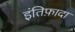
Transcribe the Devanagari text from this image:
इंतिफ़ादा